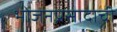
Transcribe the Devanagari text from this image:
भोजनप्रसादाची